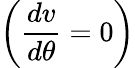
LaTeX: \left(\frac{dv}{d\theta}=0\right)